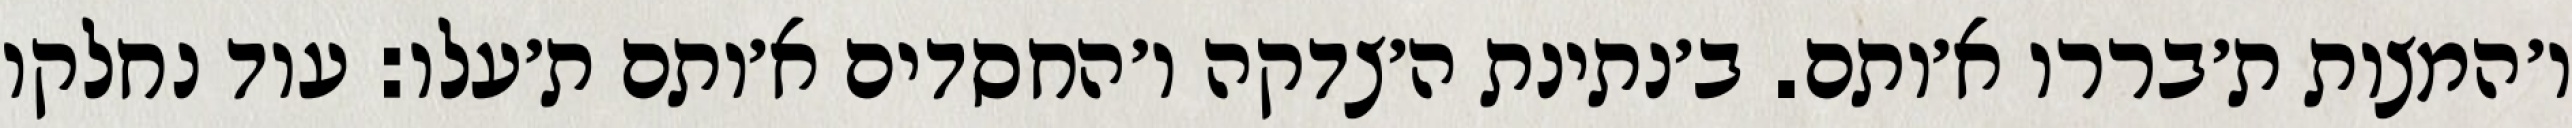
ו׳המצות ת׳בררו א׳ותם. ב׳נתינת ה׳צדקה ו׳החסדים א׳ותם ת׳עלו: עוד נחלקו